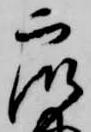
衆